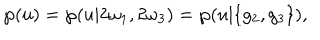
\wp ( u ) = \wp ( u | 2 \omega _ { 1 } , 2 \omega _ { 3 } ) = \wp ( u | \{ g _ { 2 } , g _ { 3 } \} ) ,